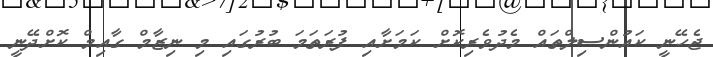
ޖެހޭނީ ކައުންސިލްތައް މެދުވެރިކޮށް ކަމަށާއި ފުރަތަމަ ބުރުގައި މި ނިޒާމް ގާއިމް ކޮށްދޭނީ